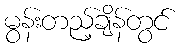
မွန်းတည့်ချိန်တွင်